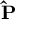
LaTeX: \mathbf { \hat { P } }